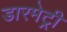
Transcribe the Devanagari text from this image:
डारमेट्री